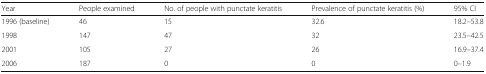
<table><thead><tr><td><b>Year</b></td><td><b>People examined</b></td><td><b>No. of people with punctate keratitis</b></td><td><b>Prevalence of punctate keratitis (%)</b></td><td><b>95% CI</b></td></tr></thead><tbody><tr><td>1996 (baseline)</td><td>46</td><td>15</td><td>32.6</td><td>18.2–53.8</td></tr><tr><td>1998</td><td>147</td><td>47</td><td>32</td><td>23.5–42.5</td></tr><tr><td>2001</td><td>105</td><td>27</td><td>26</td><td>16.9–37.4</td></tr><tr><td>2006</td><td>187</td><td>0</td><td>0</td><td>0–1.9</td></tr></tbody></table>